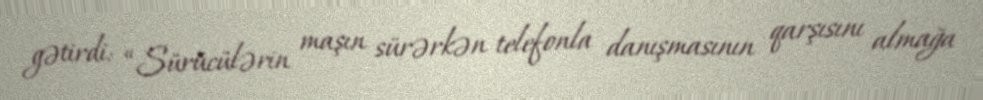
gətirdi: “Sürücülərin maşın sürərkən telefonla danışmasının qarşısını almağa